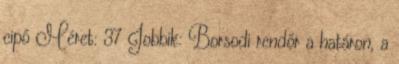
cipő Méret: 37 Jobbik: Borsodi rendőr a határon, a